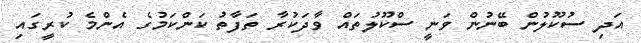
އަދި ސުކޫލުން ބޭނުން ވަނީ ސްކޫލުތައް ވާދަކުރާ ތަފާތު ކަންކަމުގެ އެންމެ ކުރީގައި